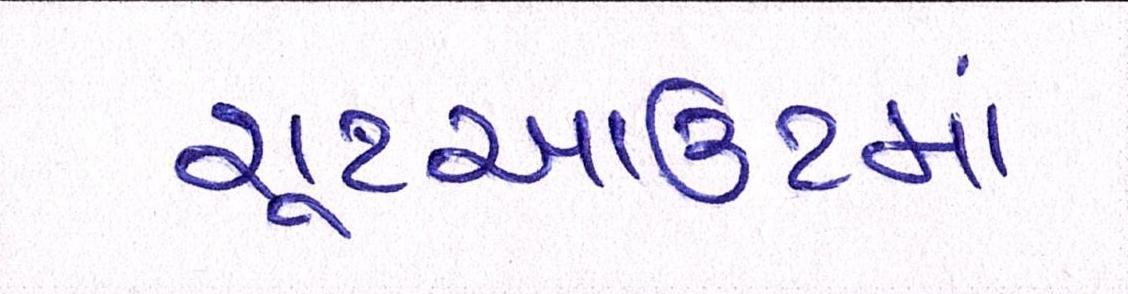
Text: શૂટઆઉટમાં